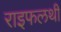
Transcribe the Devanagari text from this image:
राइफलथी